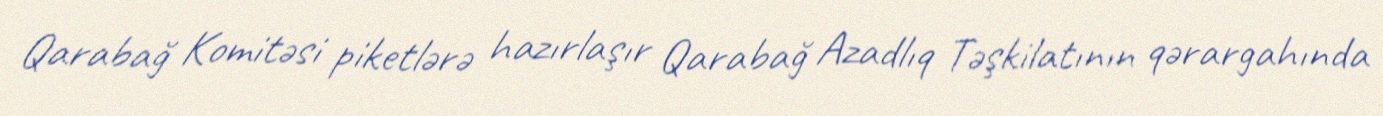
Qarabağ Komitəsi piketlərə hazırlaşır Qarabağ Azadlıq Təşkilatının qərargahında